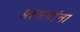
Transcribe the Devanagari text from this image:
प्रारूपांना